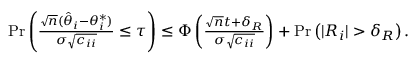
\begin{array} { r } { \begin{array} { r } { \operatorname* { P r } \left( \frac { \sqrt { n } ( \hat { \theta } _ { i } - \theta _ { i } ^ { * } ) } { \sigma \sqrt { c _ { i i } } } \leq \tau \right) \leq \Phi \left( \frac { \sqrt { n } t + \delta _ { R } } { \sigma \sqrt { c _ { i i } } } \right) + \operatorname* { P r } \left( | R _ { i } | > \delta _ { R } \right) . } \end{array} } \end{array}